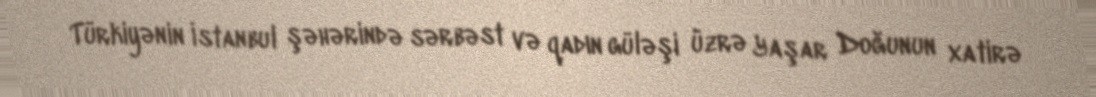
Türkiyənin İstanbul şəhərində sərbəst və qadın güləşi üzrə Yaşar Doğunun xatirə